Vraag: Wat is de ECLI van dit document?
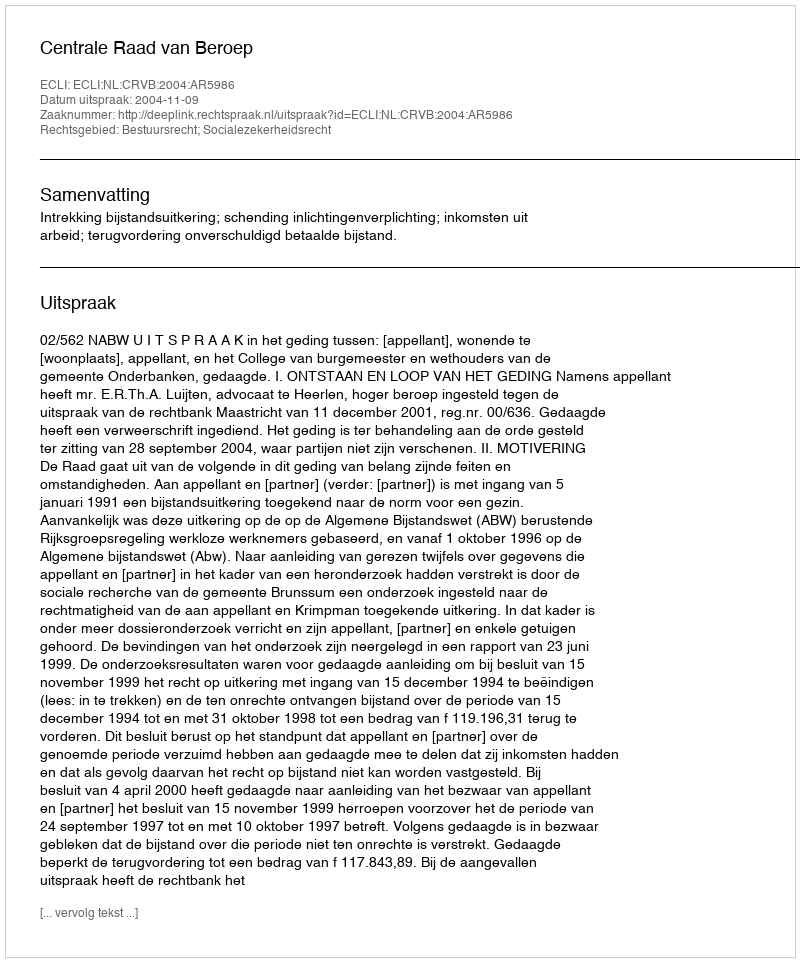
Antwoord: ECLI:NL:CRVB:2004:AR5986